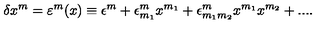
\delta x ^ { m } = \varepsilon ^ { m } ( x ) \equiv \epsilon ^ { m } + \epsilon _ { m _ { 1 } } ^ { m } x ^ { m _ { 1 } } + \epsilon _ { m _ { 1 } m _ { 2 } } ^ { m } x ^ { m _ { 1 } } x ^ { m _ { 2 } } + . . . .